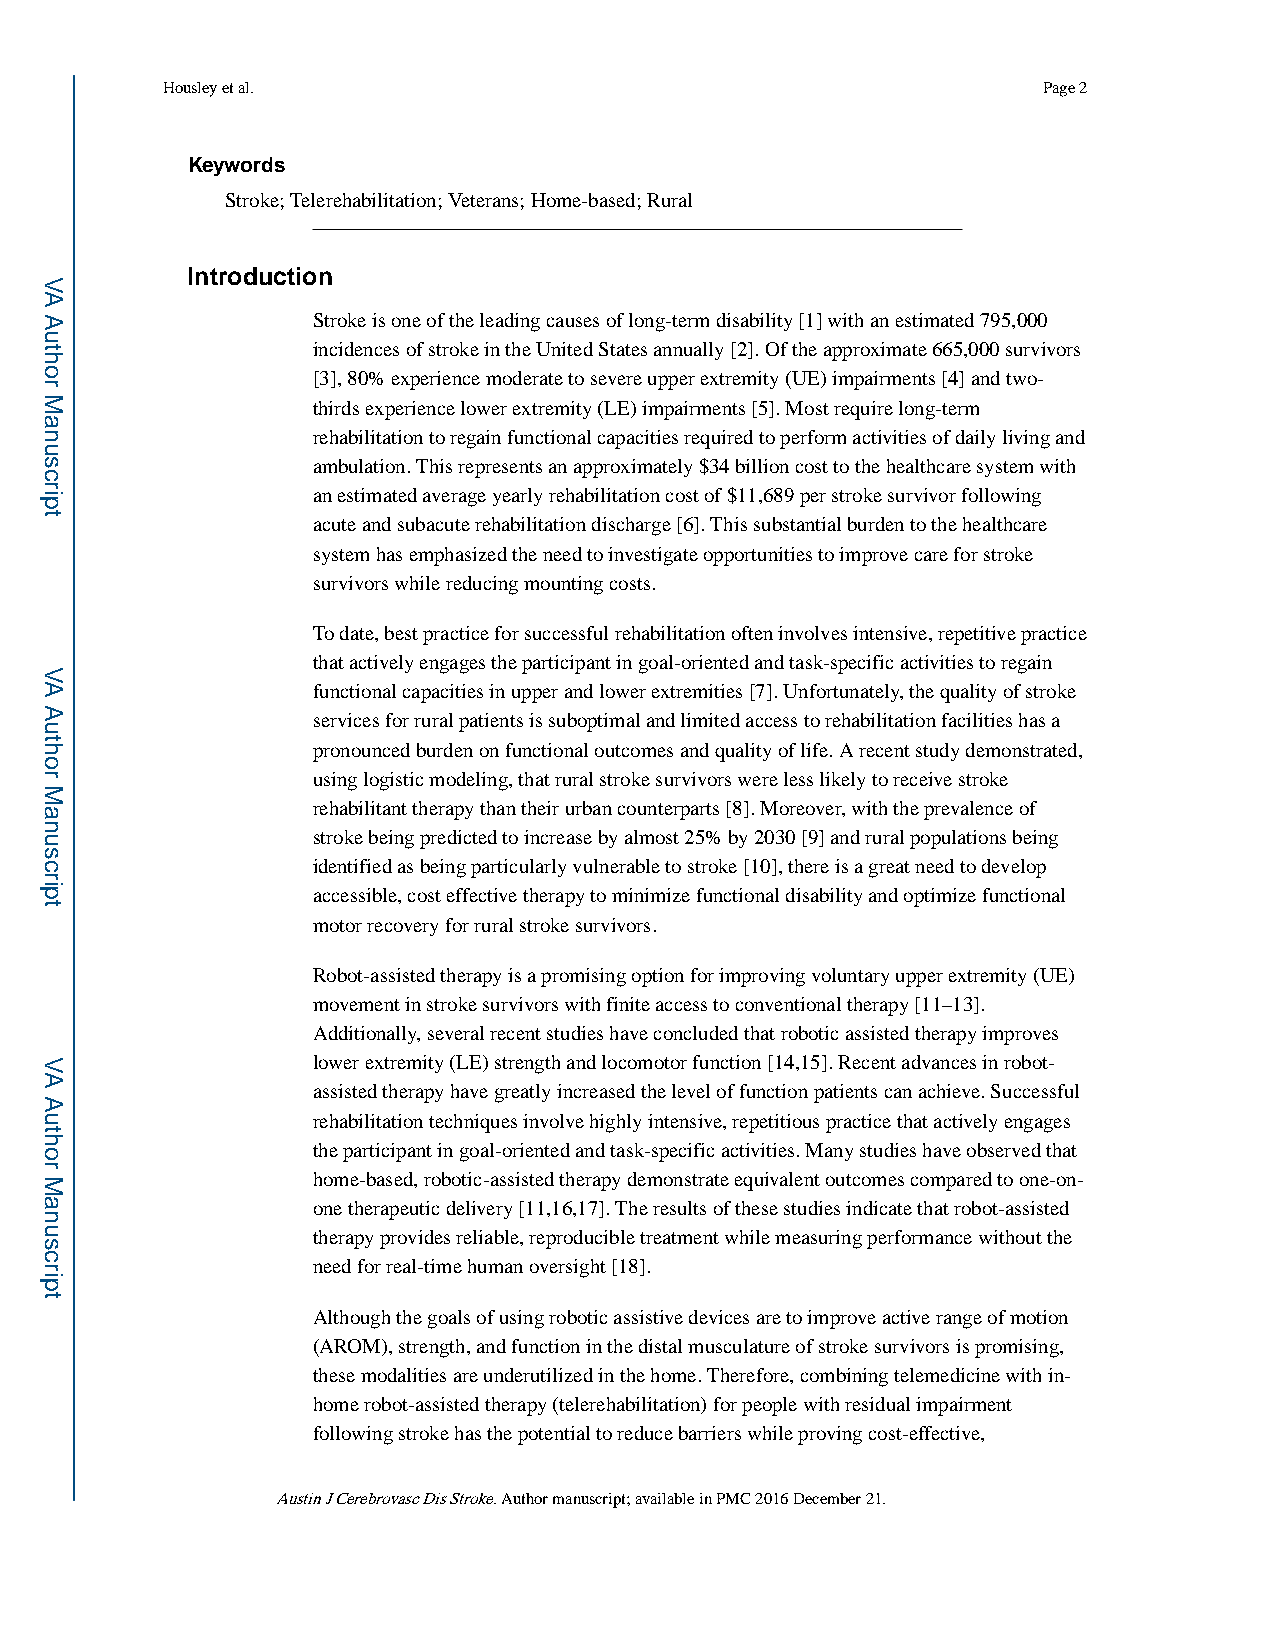
Housley et al.                                            Page 2
 Keywords
 Stroke; Telerehabilitation; Veterans; Home-based; Rural
 Introduction
 Stroke is one of the leading causes of long-term disability [1] with an estimated 795,000
 incidences of stroke in the United States annually [2]. Of the approximate 665,000 survivors
 [3], 80% experience moderate to severe upper extremity (UE) impairments [4] and two-
 thirds experience lower extremity (LE) impairments [5]. Most require long-term
 rehabilitation to regain functional capacities required to perform activities of daily living and
 ambulation. This represents an approximately $34 billion cost to the healthcare system with
 an estimated average yearly rehabilitation cost of $11,689 per stroke survivor following
 acute and subacute rehabilitation discharge [6]. This substantial burden to the healthcare
 system has emphasized the need to investigate opportunities to improve care for stroke
 survivors while reducing mounting costs.
 To date, best practice for successful rehabilitation often involves intensive, repetitive practice
 that actively engages the participant in goal-oriented and task-specific activities to regain
 functional capacities in upper and lower extremities [7]. Unfortunately, the quality of stroke
 services for rural patients is suboptimal and limited access to rehabilitation facilities has a
 pronounced burden on functional outcomes and quality of life. A recent study demonstrated,
 using logistic modeling, that rural stroke survivors were less likely to receive stroke
 rehabilitant therapy than their urban counterparts [8]. Moreover, with the prevalence of
 stroke being predicted to increase by almost 25% by 2030 [9] and rural populations being
 identified as being particularly vulnerable to stroke [10], there is a great need to develop
 accessible, cost effective therapy to minimize functional disability and optimize functional
 motor recovery for rural stroke survivors.
 Robot-assisted therapy is a promising option for improving voluntary upper extremity (UE)
 movement in stroke survivors with finite access to conventional therapy [11–13].
 Additionally, several recent studies have concluded that robotic assisted therapy improves
 lower extremity (LE) strength and locomotor function [14,15]. Recent advances in robot-
 assisted therapy have greatly increased the level of function patients can achieve. Successful
 rehabilitation techniques involve highly intensive, repetitious practice that actively engages
 the participant in goal-oriented and task-specific activities. Many studies have observed that
 home-based, robotic-assisted therapy demonstrate equivalent outcomes compared to one-on-
 one therapeutic delivery [11,16,17]. The results of these studies indicate that robot-assisted
 therapy provides reliable, reproducible treatment while measuring performance without the
 need for real-time human oversight [18].
 Although the goals of using robotic assistive devices are to improve active range of motion
 (AROM), strength, and function in the distal musculature of stroke survivors is promising,
 these modalities are underutilized in the home. Therefore, combining telemedicine with in-
 home robot-assisted therapy (telerehabilitation) for people with residual impairment
 following stroke has the potential to reduce barriers while proving cost-effective,
 Austin J Cerebrovasc Dis Stroke. Author manuscript; available in PMC 2016 December 21.
 VA
 Author
 Manuscript
 VA
 Author
 Manuscript
 VA
 Author
 Manuscript